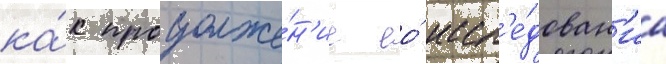
ка́к продолже́н'ие ео́ иссл'е́дован'иа